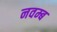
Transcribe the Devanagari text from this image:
नवम्ब